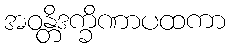
အဝန္တိဒက္ခိဏာပထကာ